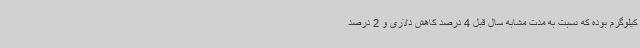
کیلوگرم بوده که نسبت به مدت مشابه سال قبل 4 درصد کاهش دلاری و 2 درصد